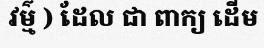
វម៌្ម ) ដែល ជា ពាក្យ ដើម